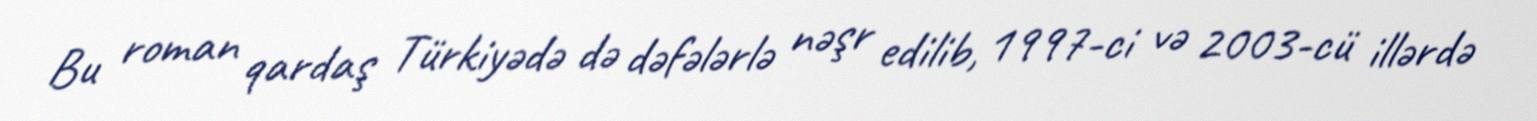
Bu roman qardaş Türkiyədə də dəfələrlə nəşr edilib, 1997-ci və 2003-cü illərdə